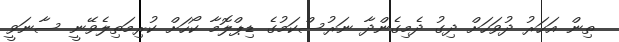
ތިން އަހަރު ދުވަހަށް ދިގު ދެމިގެންދާ ނަރުސްކަމުގެ ޑިޕްލޮމާ ކޯހަށް ކުރިމަތިލެވޭނީ ސާނަވީ